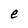
Character: e